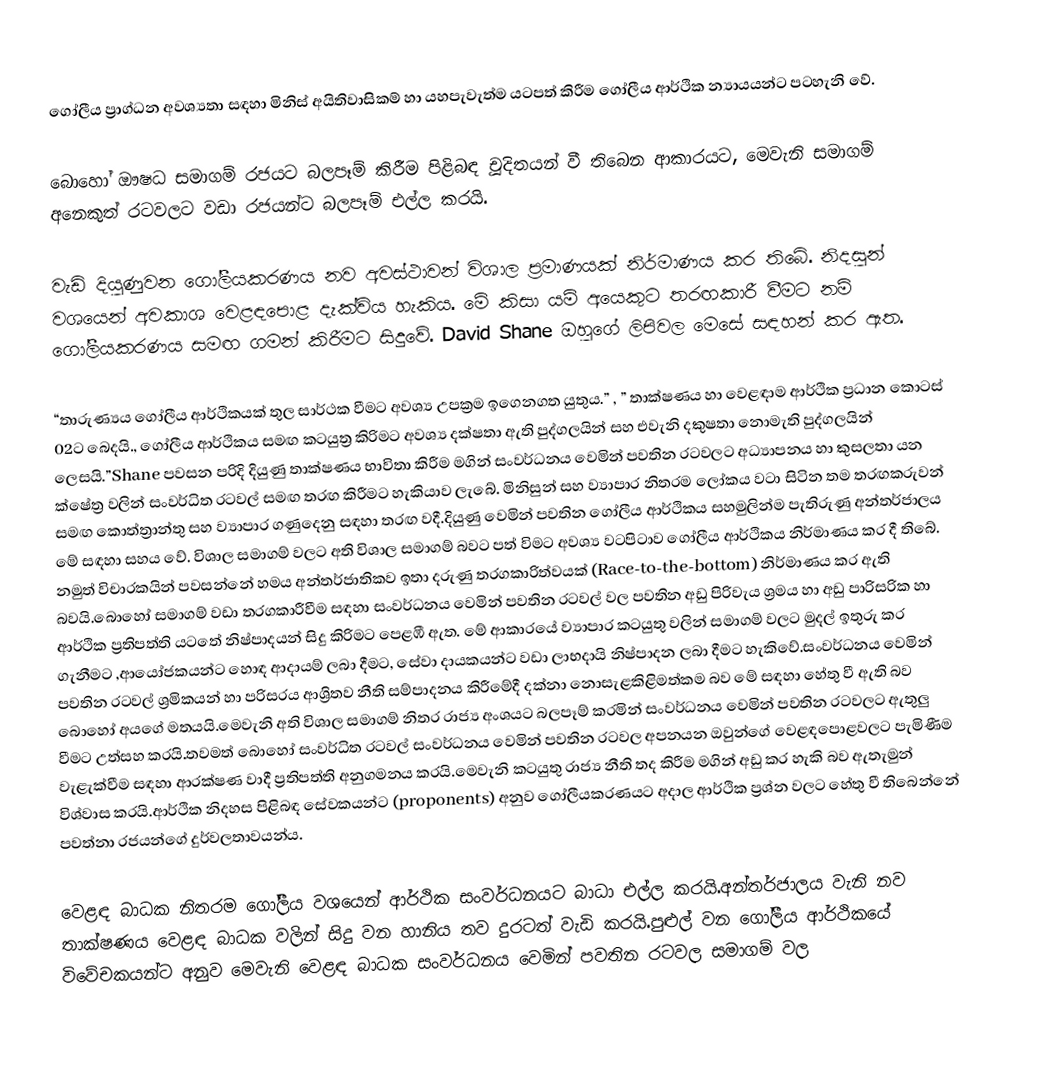
ගෝලීය ප්‍රාග්ධන අවශ්‍යතා සඳහා මිනිස් අයිතිවාසිකම් හා යහපැවැත්ම යටපත් කිරීම ගෝලීය ආර්ථික න්‍යායයන්ට පටහැනි වේ.

බොහෝ ඖෂධ සමාගම් රජයට බලපෑම් කිරීම පිළිබඳ චූදිතයන් වී තිබෙන ආකාරයට, මෙවැනි සමාගම් අනෙකුත් රටවලට වඩා රජයන්ට බලපෑම් එල්ල කරයි.

වැඩි දියුණුවන ගෝලීයකරණය නව අවස්ථාවන් විශාල ප්‍රමාණයක් නිර්මාණය කර තිබේ. නිදසුන් වශයෙන් අවකාශ වෙළඳපොළ දැක්විය හැකිය. මේ කිසා යම් අයෙකුට තරඟකාරී වීමට නම් ගෝලීයකරණය සමඟ ගමන් කිරීමට සිදුවේ. David Shane ඔහුගේ ලිපිවල මෙසේ සඳහන් කර ඇත.

“තාරුණ්‍යය ගෝලීය ආර්ථිකයක් තුල සාර්ථක වීමට අවශ්‍ය උපක්‍රම ඉගෙනගත යුතුය.” , ” තාක්ෂණය හා වෙළඳාම ආර්ථික ප්‍රධාන කොටස් 02ට බෙදයි., ගෝලීය ආර්ථිකය සමඟ කටයුත්‍ර කිරිමට අවශ්‍ය දක්ෂතා ඇති පුද්ගලයින් සහ එවැනි දකුෂතා නොමැති පුද්ගලයින් ලෙසයි.”Shane පවසන පරිදි දියුණු තාක්ෂණය භාවිතා කිරීම මගින් සංවර්ධනය වෙමින් පවතින රටවලට අධ්‍යාපනය හා කුසලතා යන ක්ෂේත්‍ර වලින් සංවර්ධිත රටවල් සමඟ තරඟ කිරීමට හැකියාව ලැබේ. මිනිසුන් සහ ව්‍යාපාර නිතරම ලෝකය වටා සිටින තම තරඟකරුවන් සමඟ කොත්ත්‍රාන්තු සහ ව්‍යාපාර ගණුදෙනු සඳහා තරඟ වදී.දියුණු වෙමින් පවතින ගෝලීය ආර්ථිකය සහමුලින්ම පැතිරුණු අන්තර්ජාලය මේ සඳහා සහය වේ. විශාල සමාගම් වලට අති විශාල සමාගම් බවට පත් විමට අවශ්‍ය වටපිටාව ගෝලීය ආර්ථිකය නිර්මාණය කර දී තිබේ. නමුත් විචාරකයින් පවසන්නේ  හමය අන්තර්ජාතිකව ඉතා දරුණු තරගකාරිත්වයක් (Race-to-the-bottom) නිර්මාණය කර ඇති බවයි.බොහෝ සමාගම් වඩා තරගකාරීවීම සඳහා සංවර්ධනය වෙමින් පවතින රටවල් වල පවතින අඩු පිරිවැය ශ්‍රමය හා අඩු පාරිසරික හා ආර්ථික ප්‍රතිපත්ති යටතේ නිෂ්පාදයන් සිදු කිරිමට පෙළඹී  ඇත. මේ ආකාරයේ ව්‍යාපාර කටයුතු වලින් සමාගම් වලට මුදල් ඉතුරු කර ගැනීමට ,ආයෝජකයන්ට හොඳ ආදායම් ලබා දීමට, සේවා දායකයන්ට වඩා ලාභදායි  නිෂ්පාදන ලබා දීමට හැකිවේ.සංවර්ධනය වෙමින් පවතින රටවල් ශ්‍රමිකයන් හා පරිසරය ආශ්‍රිතව නීති සම්පාදනය කිරීමේදී දක්නා නොසැළකිළිමත්කම බව මේ සඳහා හේතු වී ඇති බව බොහෝ අයගේ මතයයි.මෙවැනි අති විශාල සමාගම්  නිතර රාජ්‍ය අංශයට බලපෑම් කරමින් සංවර්ධනය වෙමින් පවතින රටවලට ඇතුලු  වීමට උත්සහ කරයි.තවමත් බොහෝ සංවර්ධිත රටවල් සංවර්ධනය වෙමින් පවතින රටවල අපනයන ඔවුන්ගේ වෙළඳපොළවල‍ට පැමිණීම වැළැක්වීම සඳහා ආරක්ෂණ වාදී ප්‍රතිපත්ති අනුගමනය කරයි.මෙවැනි කටයුතු රාජ්‍ය නීති තද කිරීම මගින් අඩු කර හැකි බව ඇතැමුන් විශ්වාස කරයි.ආර්ථික නිදහස පිළිබඳ සේවකයන්ට (proponents) අනුව ගෝලීයකරණයට අදාල ආර්ථික ප්‍රශ්න වලට හේතු වී තිබෙන්නේ පවත්නා රජයන්ගේ දුර්වලතාවයන්ය.

වෙළඳ බාධක නිතරම ගෝලීය වශයෙන් ආර්ථික සංවර්ධනයට බාධා එල්ල කරයි.අන්තර්ජාලය වැනි නව තාක්ෂණය වෙළඳ බාධක වලින් සිදු වන හානිය තව දුරටත් වැඩි කරයි.පුළුල් වන ගෝලීය ආර්ථිකයේ ‍විවේචකයන්ට අනුව මෙවැනි වෙළඳ බාධක සංවර්ධනය වෙමින් පවතින රටවල සමාගම් වල